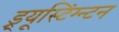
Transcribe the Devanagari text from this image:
ड्र्यूस्टिंग्न्टन